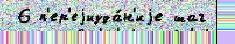
 6 п'ер'еjизда́н'иjе шаг